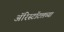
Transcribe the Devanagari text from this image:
ॲरिस्टॉटलच्या